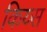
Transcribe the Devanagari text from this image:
किय्स